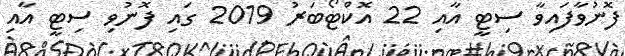
ފޮނުވާފައިވާ ސިޓީ އާއި 22 އޮކްޓޯބަރު 2019 ގައި ފޮނުވި ސިޓީ އާއި